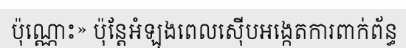
ប៉ុណ្ណោះ» ប៉ុន្តែអំឡុងពេលស៊ើបអង្កេតការពាក់ព័ន្ធ